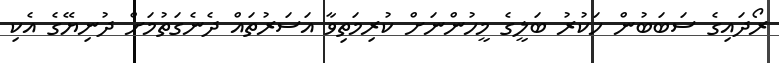
ރޯދައިގެ ސަބަބުން ހަކުރު ބަލީގެ މީހުންނަށް ކުރިމަތިވާ އަސަރުތައް ދެނެގަތުމަށް ދުނިޔޭގެ އެކި